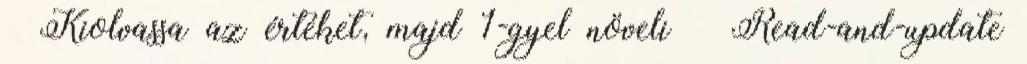
– Kiolvassa az értéket, majd 1-gyel növeli ● Read-and-update